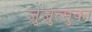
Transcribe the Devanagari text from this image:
जुजुत्सुका